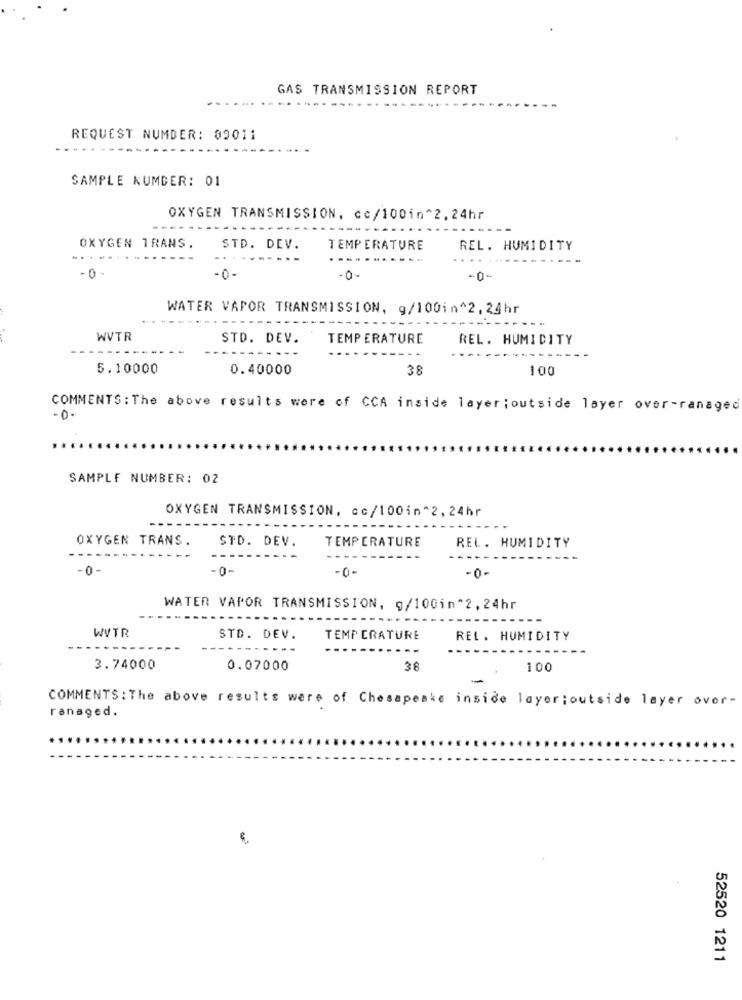
GAS TRANSMISSION REPORT
REQUEST NUMBER: 09011
SAMPLE NUMBER: 01
OXYGEN TRANSMISSION, cc/100in^2, 24hr
OXYGEN TRANS.
STD. DEV.
TEMPERATURE
REL. HUMIDITY
.. .
-0
-0-
-0-
-0-
WATER VAPOR TRANSMISSION, g/100in^2, 24hr
----
WVTR
STD. DEV.
TEMPERATURE
REL. HUMIDITY
5.10000
0.40000
38
100
COMMENTS : The above results were of CCA inside layer;outside layer over-ranaged
-0.
SAMPLE NUMBER: 02
OXYGEN TRANSMISSION, cc/100in ^2, 24hr
OXYGEN TRANS.
STD. DEV.
TEMPERATURE
REL. HUMIDITY
-0 -
-0-
-0-
WATER VAPOR TRANSMISSION, g/100in 2, 24hr
WVTR
STD. DEV.
TEMP ERATURE
REL. HUMIDITY
3.74000
0.07000
38
100
-
COMMENTS : The above results were of Chesapeake inside layer;outside layer over-
ranaged.
52520 1211